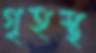
গৃহস্থ